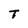
Character: T